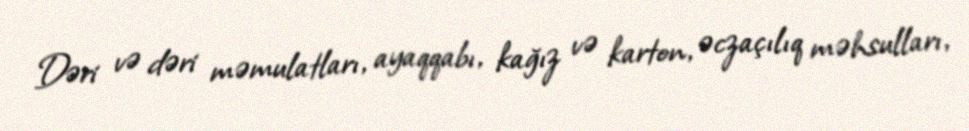
Dəri və dəri məmulatları, ayaqqabı, kağız və karton, əczaçılıq məhsulları,